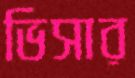
ভিসার